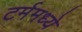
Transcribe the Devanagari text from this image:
टर्ममध्ये